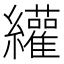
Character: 䌯